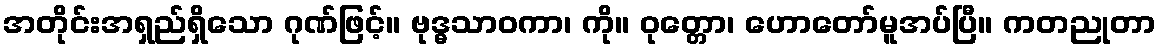
အတိုင်းအရှည်ရှိသော ဂုဏ်ဖြင့်။ ဗုဒ္ဓသာဝကာ၊ ကို။ ဝုတ္တော၊ ဟောတော်မူအပ်ပြီ။ ကတညုတာ